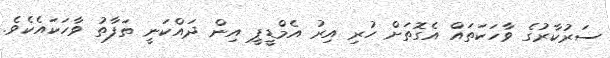
ސަރުކާރުގެ ވާހަކަތައް އެގޮތަށް ހުރި އިރު އެމްޑީޕީ އިން ދައްކަނީ ތަފާތު ވާހަކައެކެވެ.